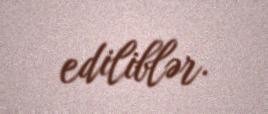
ediliblər.